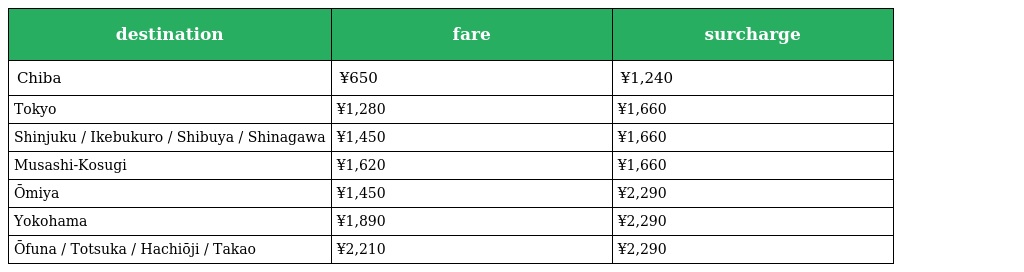
| destination | fare | surcharge |
 | --- | --- | --- |
 | Chiba | ¥650 | ¥1,240 |
 | Tokyo | ¥1,280 | ¥1,660 |
 | Shinjuku / Ikebukuro / Shibuya / Shinagawa | ¥1,450 | ¥1,660 |
 | Musashi-Kosugi | ¥1,620 | ¥1,660 |
 | Ōmiya | ¥1,450 | ¥2,290 |
 | Yokohama | ¥1,890 | ¥2,290 |
 | Ōfuna / Totsuka / Hachiōji / Takao | ¥2,210 | ¥2,290 |